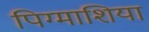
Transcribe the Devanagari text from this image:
पिग्माशिया